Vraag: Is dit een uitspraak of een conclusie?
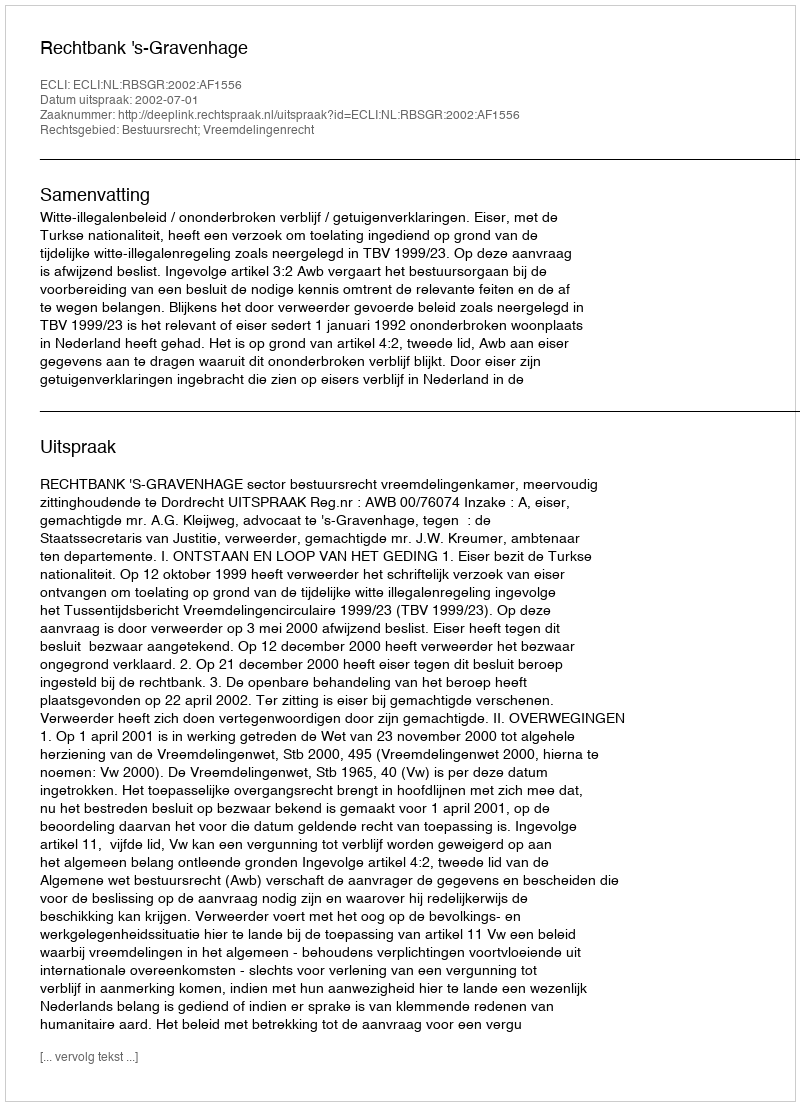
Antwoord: Uitspraak